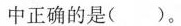
中正确的是()。